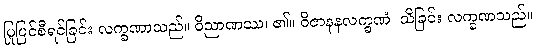
ပြုပြင်စီရင်ခြင်း လက္ခဏာသည်။ ဝိညာဏဿ၊ ၏။ ဝိဇာနနလက္ခဏံ၊ သိခြင်း လက္ခဏသည်။